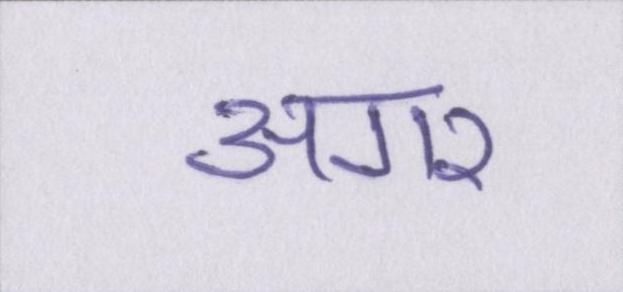
अगर